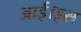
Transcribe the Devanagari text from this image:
आई।इस